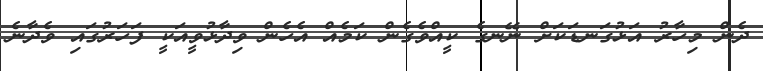
ދެން މިހާރު އަޅުގަނޑަކަށް ނޭނގެ ކީއްވެގެން ކަމެއް އެހެން ވިދާޅުވީއަކީ ފަހަރުގައި ވެދާނެ